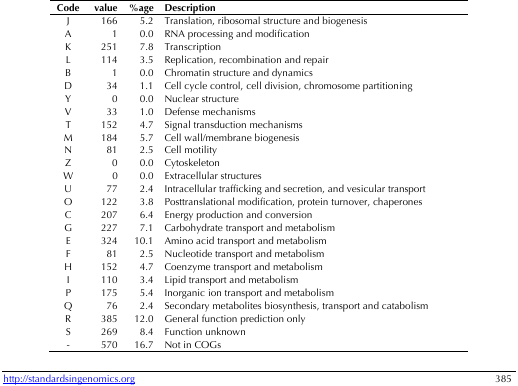
<table><thead><tr><td><b>Code</b></td><td><b>value</b></td><td><b>%age</b></td><td><b>Description</b></td></tr></thead><tbody><tr><td>J</td><td>166</td><td>5.2</td><td>Translation, ribosomal structure and biogenesis</td></tr><tr><td>A</td><td>1</td><td>0.0</td><td>RNA processing and modification</td></tr><tr><td>K</td><td>251</td><td>7.8</td><td>Transcription</td></tr><tr><td>L</td><td>114</td><td>3.5</td><td>Replication, recombination and repair</td></tr><tr><td>B</td><td>1</td><td>0.0</td><td>Chromatin structure and dynamics</td></tr><tr><td>D</td><td>34</td><td>1.1</td><td>Cell cycle control, cell division, chromosome partitioning</td></tr><tr><td>Y</td><td>0</td><td>0.0</td><td>Nuclear structure</td></tr><tr><td>V</td><td>33</td><td>1.0</td><td>Defense mechanisms</td></tr><tr><td>T</td><td>152</td><td>4.7</td><td>Signal transduction mechanisms</td></tr><tr><td>M</td><td>184</td><td>5.7</td><td>Cell wall/membrane biogenesis</td></tr><tr><td>N</td><td>81</td><td>2.5</td><td>Cell motility</td></tr><tr><td>Z</td><td>0</td><td>0.0</td><td>Cytoskeleton</td></tr><tr><td>W</td><td>0</td><td>0.0</td><td>Extracellular structures</td></tr><tr><td>U</td><td>77</td><td>2.4</td><td>Intracellular trafficking and secretion, and vesicular transport</td></tr><tr><td>O</td><td>122</td><td>3.8</td><td>Posttranslational modification, protein turnover, chaperones</td></tr><tr><td>C</td><td>207</td><td>6.4</td><td>Energy production and conversion</td></tr><tr><td>G</td><td>227</td><td>7.1</td><td>Carbohydrate transport and metabolism</td></tr><tr><td>E</td><td>324</td><td>10.1</td><td>Amino acid transport and metabolism</td></tr><tr><td>F</td><td>81</td><td>2.5</td><td>Nucleotide transport and metabolism</td></tr><tr><td>H</td><td>152</td><td>4.7</td><td>Coenzyme transport and metabolism</td></tr><tr><td>I</td><td>110</td><td>3.4</td><td>Lipid transport and metabolism</td></tr><tr><td>P</td><td>175</td><td>5.4</td><td>Inorganic ion transport and metabolism</td></tr><tr><td>Q</td><td>76</td><td>2.4</td><td>Secondary metabolites biosynthesis, transport and catabolism</td></tr><tr><td>R</td><td>385</td><td>12.0</td><td>General function prediction only</td></tr><tr><td>S</td><td>269</td><td>8.4</td><td>Function unknown</td></tr><tr><td>-</td><td>570</td><td>16.7</td><td>Not in COGs</td></tr></tbody></table>